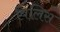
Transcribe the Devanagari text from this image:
बिलिस